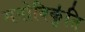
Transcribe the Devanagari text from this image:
मनोविकृ॑ति